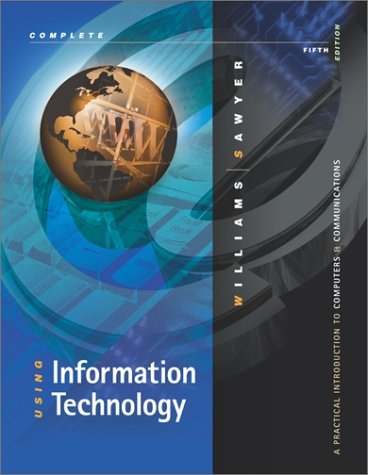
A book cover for Using Information Technology: A Practical Introdution to Computers & Communications, Fifth Edition; Brian K. Williams; Computers & Technology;